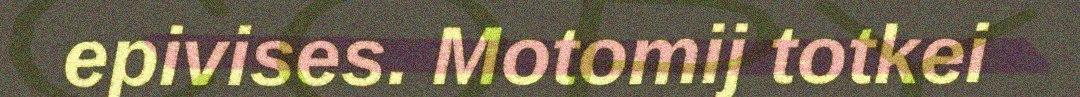
epivises. Motomij totkei